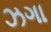
ઝગા